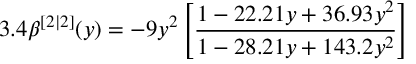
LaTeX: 3 . 4 \beta ^ { [ 2 | 2 ] } ( y ) = - 9 y ^ { 2 } \left[ \frac { 1 - 2 2 . 2 1 y + 3 6 . 9 3 y ^ { 2 } } { 1 - 2 8 . 2 1 y + 1 4 3 . 2 y ^ { 2 } } \right]